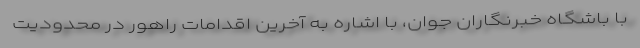
با باشگاه خبرنگاران جوان، با اشاره به آخرین اقدامات راهور در محدودیت